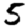
Digit: 5